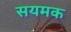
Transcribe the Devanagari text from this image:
सयमक